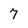
Character: 7